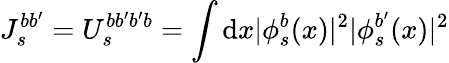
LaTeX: J_{s}^{bb^{\prime}}=U_{s}^{bb^{\prime}b^{\prime}b}=\int\mathrm{d}x|\phi_{s}^{b}(x)|^{2}|\phi_{s}^{b^{\prime}}(x)|^{2}